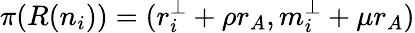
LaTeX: \pi(R(n_{i}))=(r_{i}^{\perp}+\rho r_{A},m_{i}^{\perp}+\mu r_{A})